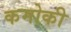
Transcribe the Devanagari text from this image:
कमोकी